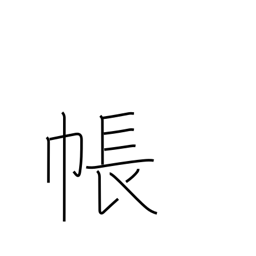
Meaning: account book